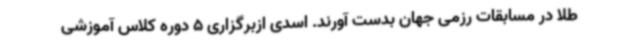
طلا در مسابقات رزمی جهان بدست آورند. اسدی ازبرگزاری 5 دوره کلاس آموزشی